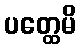
ပတ္ထေမိ